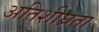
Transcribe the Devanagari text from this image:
अतिशीघ्रता